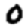
Digit: 0